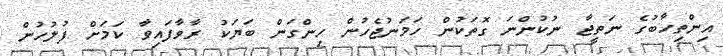
އިންތިހާބުގެ ނަތީޖާ ނުކުންނަ ގޮތަކުން ހަމަނުޖެހުން ހިންގަން ބަޔަކު ރާވާފައިވާ ކަމަށް ފުލުހުން